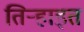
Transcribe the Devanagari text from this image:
तिऱ्हाइत